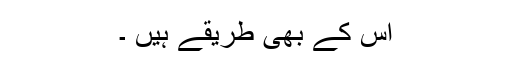
اس کے بھی طریقے ہیں ۔